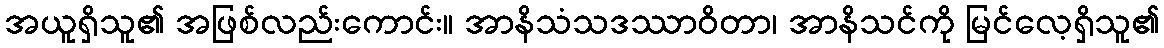
အယူရှိသူ၏ အဖြစ်လည်းကောင်း။ အာနိသံသဒဿာဝိတာ၊ အာနိသင်ကို မြင်လေ့ရှိသူ၏